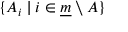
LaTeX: \{ A _ { i } \mid i \in { \underline { { m } } } \setminus A \}